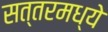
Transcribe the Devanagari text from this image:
सत्तरमध्ये